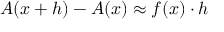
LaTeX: A ( x + h ) - A ( x ) \approx f ( x ) \cdot h